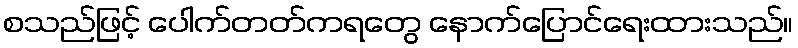
စသည်ဖြင့် ပေါက်တတ်ကရတွေ နောက်ပြောင်ရေးထားသည်။